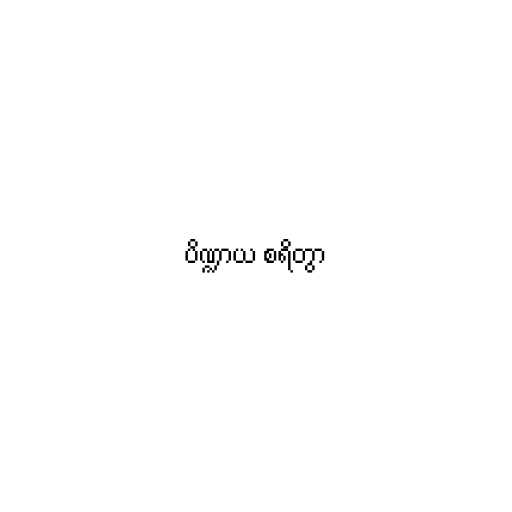
ပိဏ္ဍာယ စရိတွာ